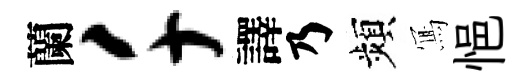
蘭千譯乃頻𭂁悒